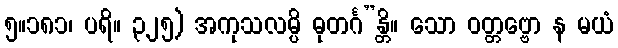
၅။၁၈၁၊ ပရိ။ ၃၂၅) အကုသလမ္ပိ ဓုတင်္ဂ”န္တိ။ သော ဝတ္တဗ္ဗော န မယံ